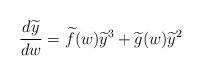
LaTeX: \begin{align*}\frac{d\widetilde{y}}{dw} = \widetilde{f}(w)\widetilde{y}^3+\widetilde{g}(w)\widetilde{y}^2\end{align*}